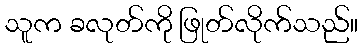
သူက ခလုတ်ကို ဖြုတ်လိုက်သည်။